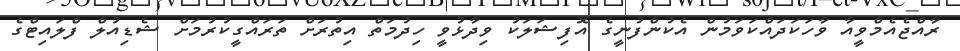
ރާއްޖެއެމްވީއާ ވާހަކަދައްކަވަމުން އެކުންފުނީގެ އޮފިޝަލަކު ވިދާޅުވީ ހިދުމަތް އިތުރަށް ތަރައްގީކުރުމަށް ޝެޑިއުލް ފްލައިޓްގެ